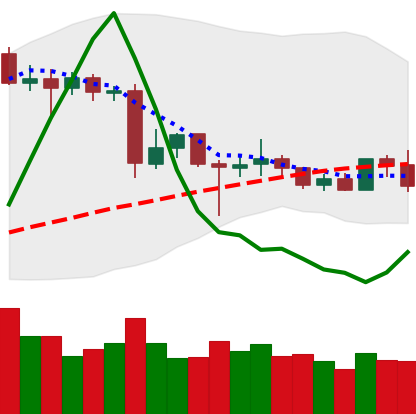
Ticker: XLM-USD
Chart end date: 2020-06-24
Forward return: -5.651%
Label: down_5_7